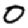
Digit: 0